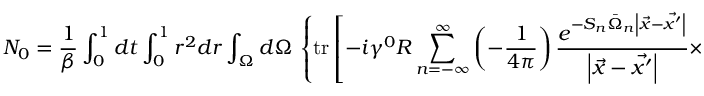
N _ { 0 } = \frac 1 { \beta } \int _ { 0 } ^ { 1 } d t \int _ { 0 } ^ { 1 } r ^ { 2 } d r \int _ { \Omega } d \Omega \, \left\{ \mathrm { t r } \left[ - i \gamma ^ { 0 } R \sum _ { n = - \infty } ^ { \infty } \left( - \frac 1 { 4 \pi } \right) \frac { e ^ { - S _ { n } \bar { \Omega } _ { n } \left| \vec { x } - \vec { x ^ { \prime } } \right| } } { \left| \vec { x } - \vec { x ^ { \prime } } \right| } \times \right. \right.